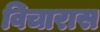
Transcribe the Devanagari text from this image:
विचारास